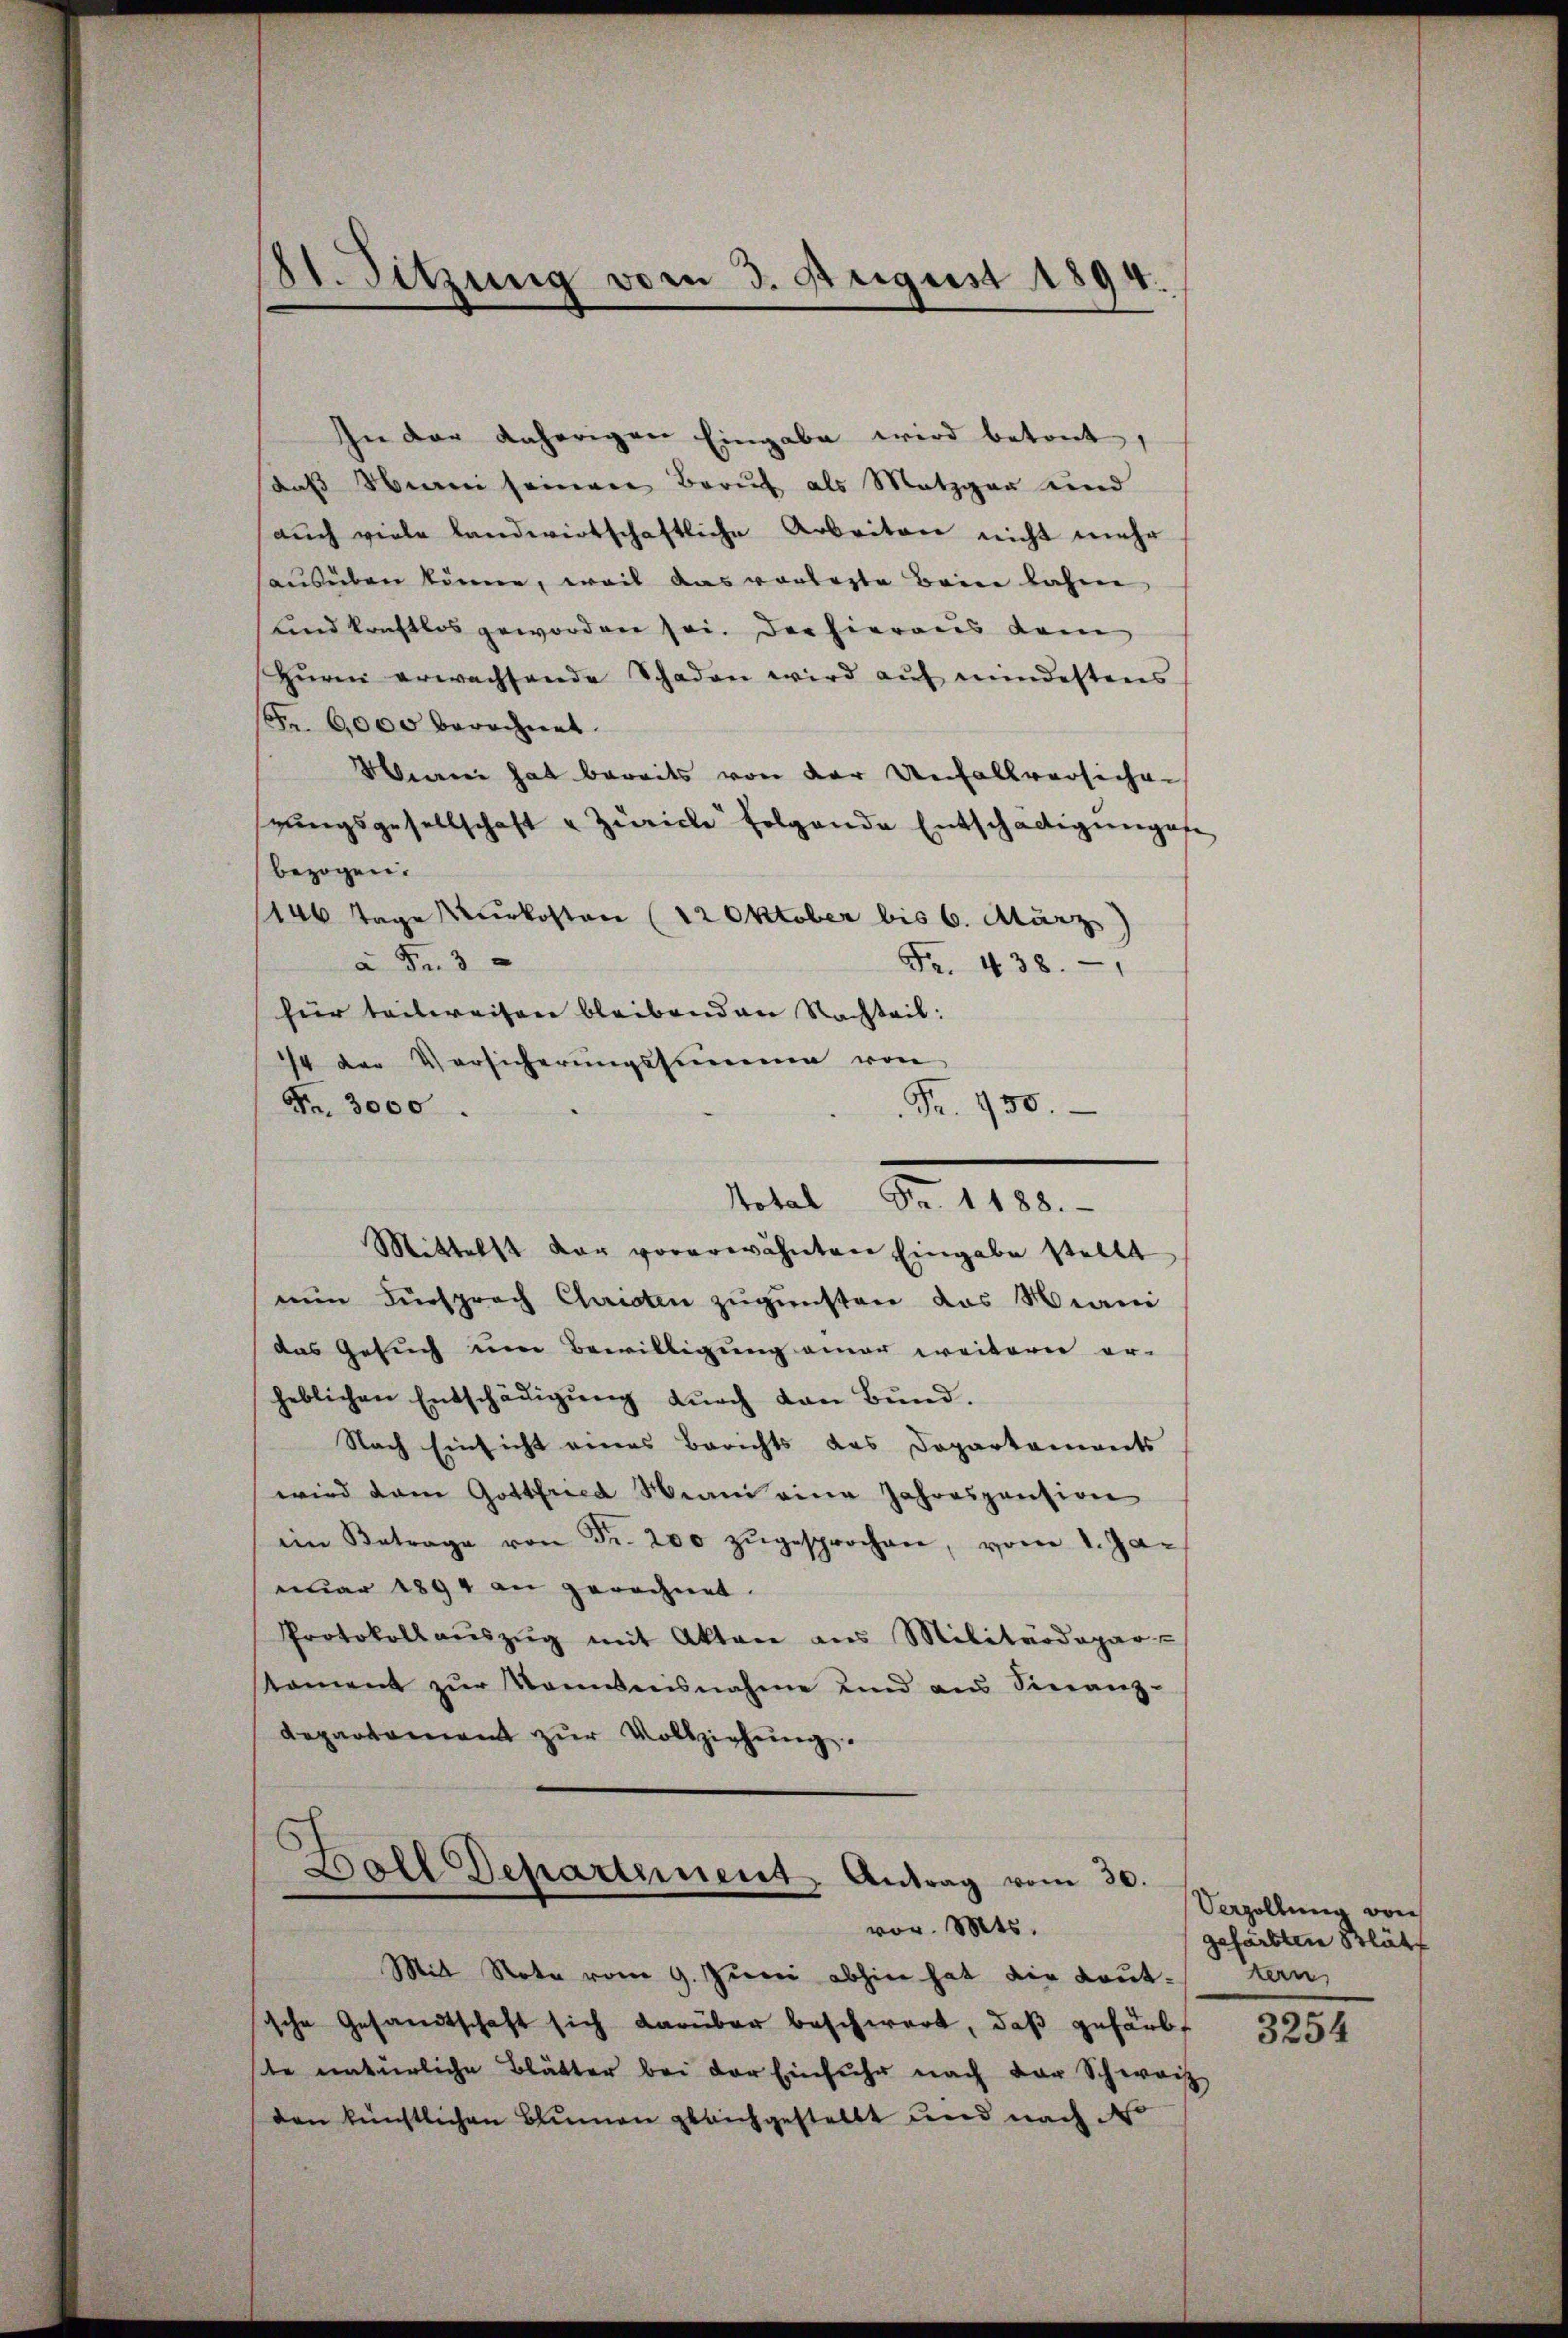
21. Sitzung vom 3. August 1894.

In der daherigen Eingabe wird betont,
daβ in seinen Beruf als Metzger und
(auch viele Landwirtschaftliche Arbeiten nicht mehr
ausüben könne, weil das vorlegte Beine bahne
uind kraftlos geworden sei. Der hieraus dem
Hurm erwachsende Schaden wird auf mindestens
Fr. 6000 berechnet.
Meeren hat bereits von der Unfallversichen
rŭngsgesellschaft u Zürich folgende Entschädigŭngen
bezogen.
146 Tage Kurkosten (12 Oktober bis 6. März
à Fr. 3
Fr. 438. 1
für teilweisen bleibenden Nachteil:
74 der Versicherŭngssumme von
Fr. 3000.
Fr. 950.
Mittelst dar vorerwähnten Eingabe stellt
nen Fürsprach Christen zugunsten das Mani
das Gesuch um Bewilligung einer weiterer er-
heblichen Entschädigŭng dŭrch den Bŭnd.
Nach Einsicht eines Berichts des Dopartaments
wird dem Gottfried Meani eine Jahrespension
im Betrage von Fr. 200 zŭgesprochen, vom 1. Ja-
nuar 1894 an gerechnet.
Protokoll aŭszŭg mit Akten aus Militärdepar-
koment zŭr Nominisnahme und aus Sinanz-
departement zur Vollziehung.
6
Ball Departement Antrag vom 30.
vor. Mts.
Mit Note vom 9. Juni abhin hat die Loŭttern,
sche Gesandtschaft sich darüber beschwert, daß gefärbt
ste natürliche Blätter bei der Einfuhr nach der Schweiz
den künstlichen Blumen gleichgestellt und nach d

Notal Fr. 1188.

Vergoltenen von
gefärbten Blätt

3254